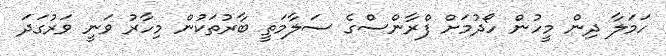
ހަމަލާ ދިން މީހުން ހޯދުމަށް ފްރާންސްގެ ސަލާމަތީ ބާރުތަކުން މިހާރު ވަނީ ވަރުގަދަ